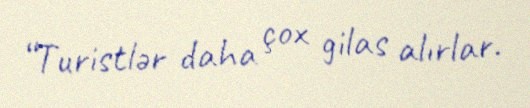
“Turistlər daha çox gilas alırlar.